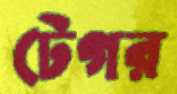
টেগর